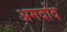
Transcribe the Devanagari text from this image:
अमर्दाद